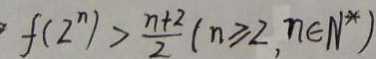
f ( 2 ^ { n } ) > \frac { n + 2 } { 2 } ( n \geq 2 , n \in N ^ { \ast } )